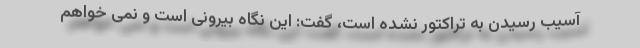
آسیب رسیدن به تراکتور نشده است، گفت: این نگاه بیرونی است و نمی خواهم